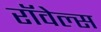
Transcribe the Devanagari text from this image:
रॉवेल्स